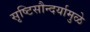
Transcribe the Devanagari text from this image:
सृष्टिसौन्दर्यामुळे